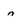
Character: n